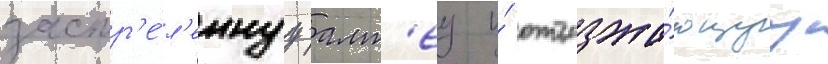
застр'е́л'еннуу алт'еу и́ отъезжа́ющуу